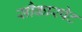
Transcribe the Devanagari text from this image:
सौकारपेट